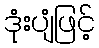
ဒုံးပျံဖြင့်